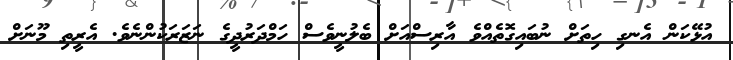
އުޅޭކަން އެނގި ހިތަށް ނުބައިގޮތެއްވެ އާރިސްއަށް ބެލުނީވެސް ހަމްދަރުދީގެ ނަޒަރަކުންނެވެ. އެރީތި މޫނަށް